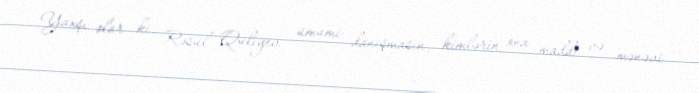
Yaxşı olar ki, Rəsul Quliyev ümumi danışmasın, kimlərin ona maddi və mənəvi